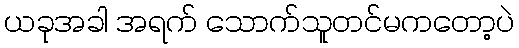
ယခုအခါ အရက် သောက်သူတင်မကတော့ပဲ